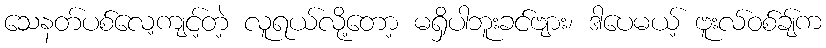
သေနတ်ပစ်လေ့ကျင့်တဲ့ လူရယ်လို့တော့ မရှိပါဘူးခင်ဗျား၊ ဒါပေမယ့် ဗူးလ်ဝစ်ချ်က